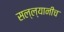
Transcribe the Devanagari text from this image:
सल्ल्यानीच